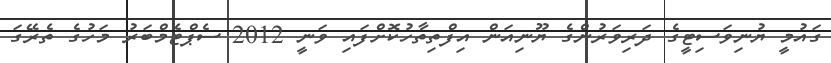
ގައުމީ ޔުނިވަސިޓީގެ ދަރިވަރުންގެ ޔޫނިއަން އިފްތިތާހުކޮށްފައި ވަނީ 2012 ސެޕްޓެމްބަރު މަހުގެ ތެރޭގަ